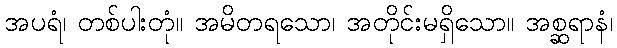
အပရံ၊ တစ်ပါးတုံ။ အမိတရသော၊ အတိုင်းမရှိသော။ အစ္ဆရာနံ၊